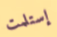
إستلمت